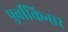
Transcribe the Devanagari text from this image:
पुर्वीकिनार